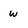
Character: w